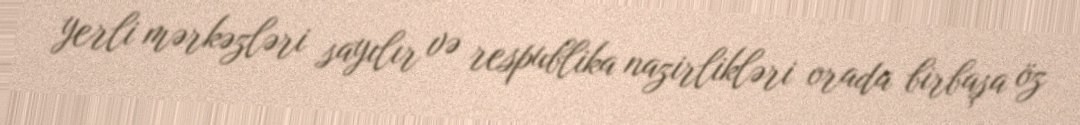
yerli mərkəzləri sayılır və respublika nazirlikləri orada birbaşa öz